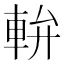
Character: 𨋒